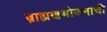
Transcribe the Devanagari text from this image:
ब्राह्मणभोजनाची